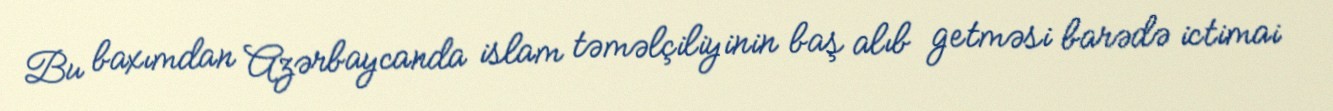
Bu baxımdan Azərbaycanda islam təməlçiliyinin baş alıb getməsi barədə ictimai